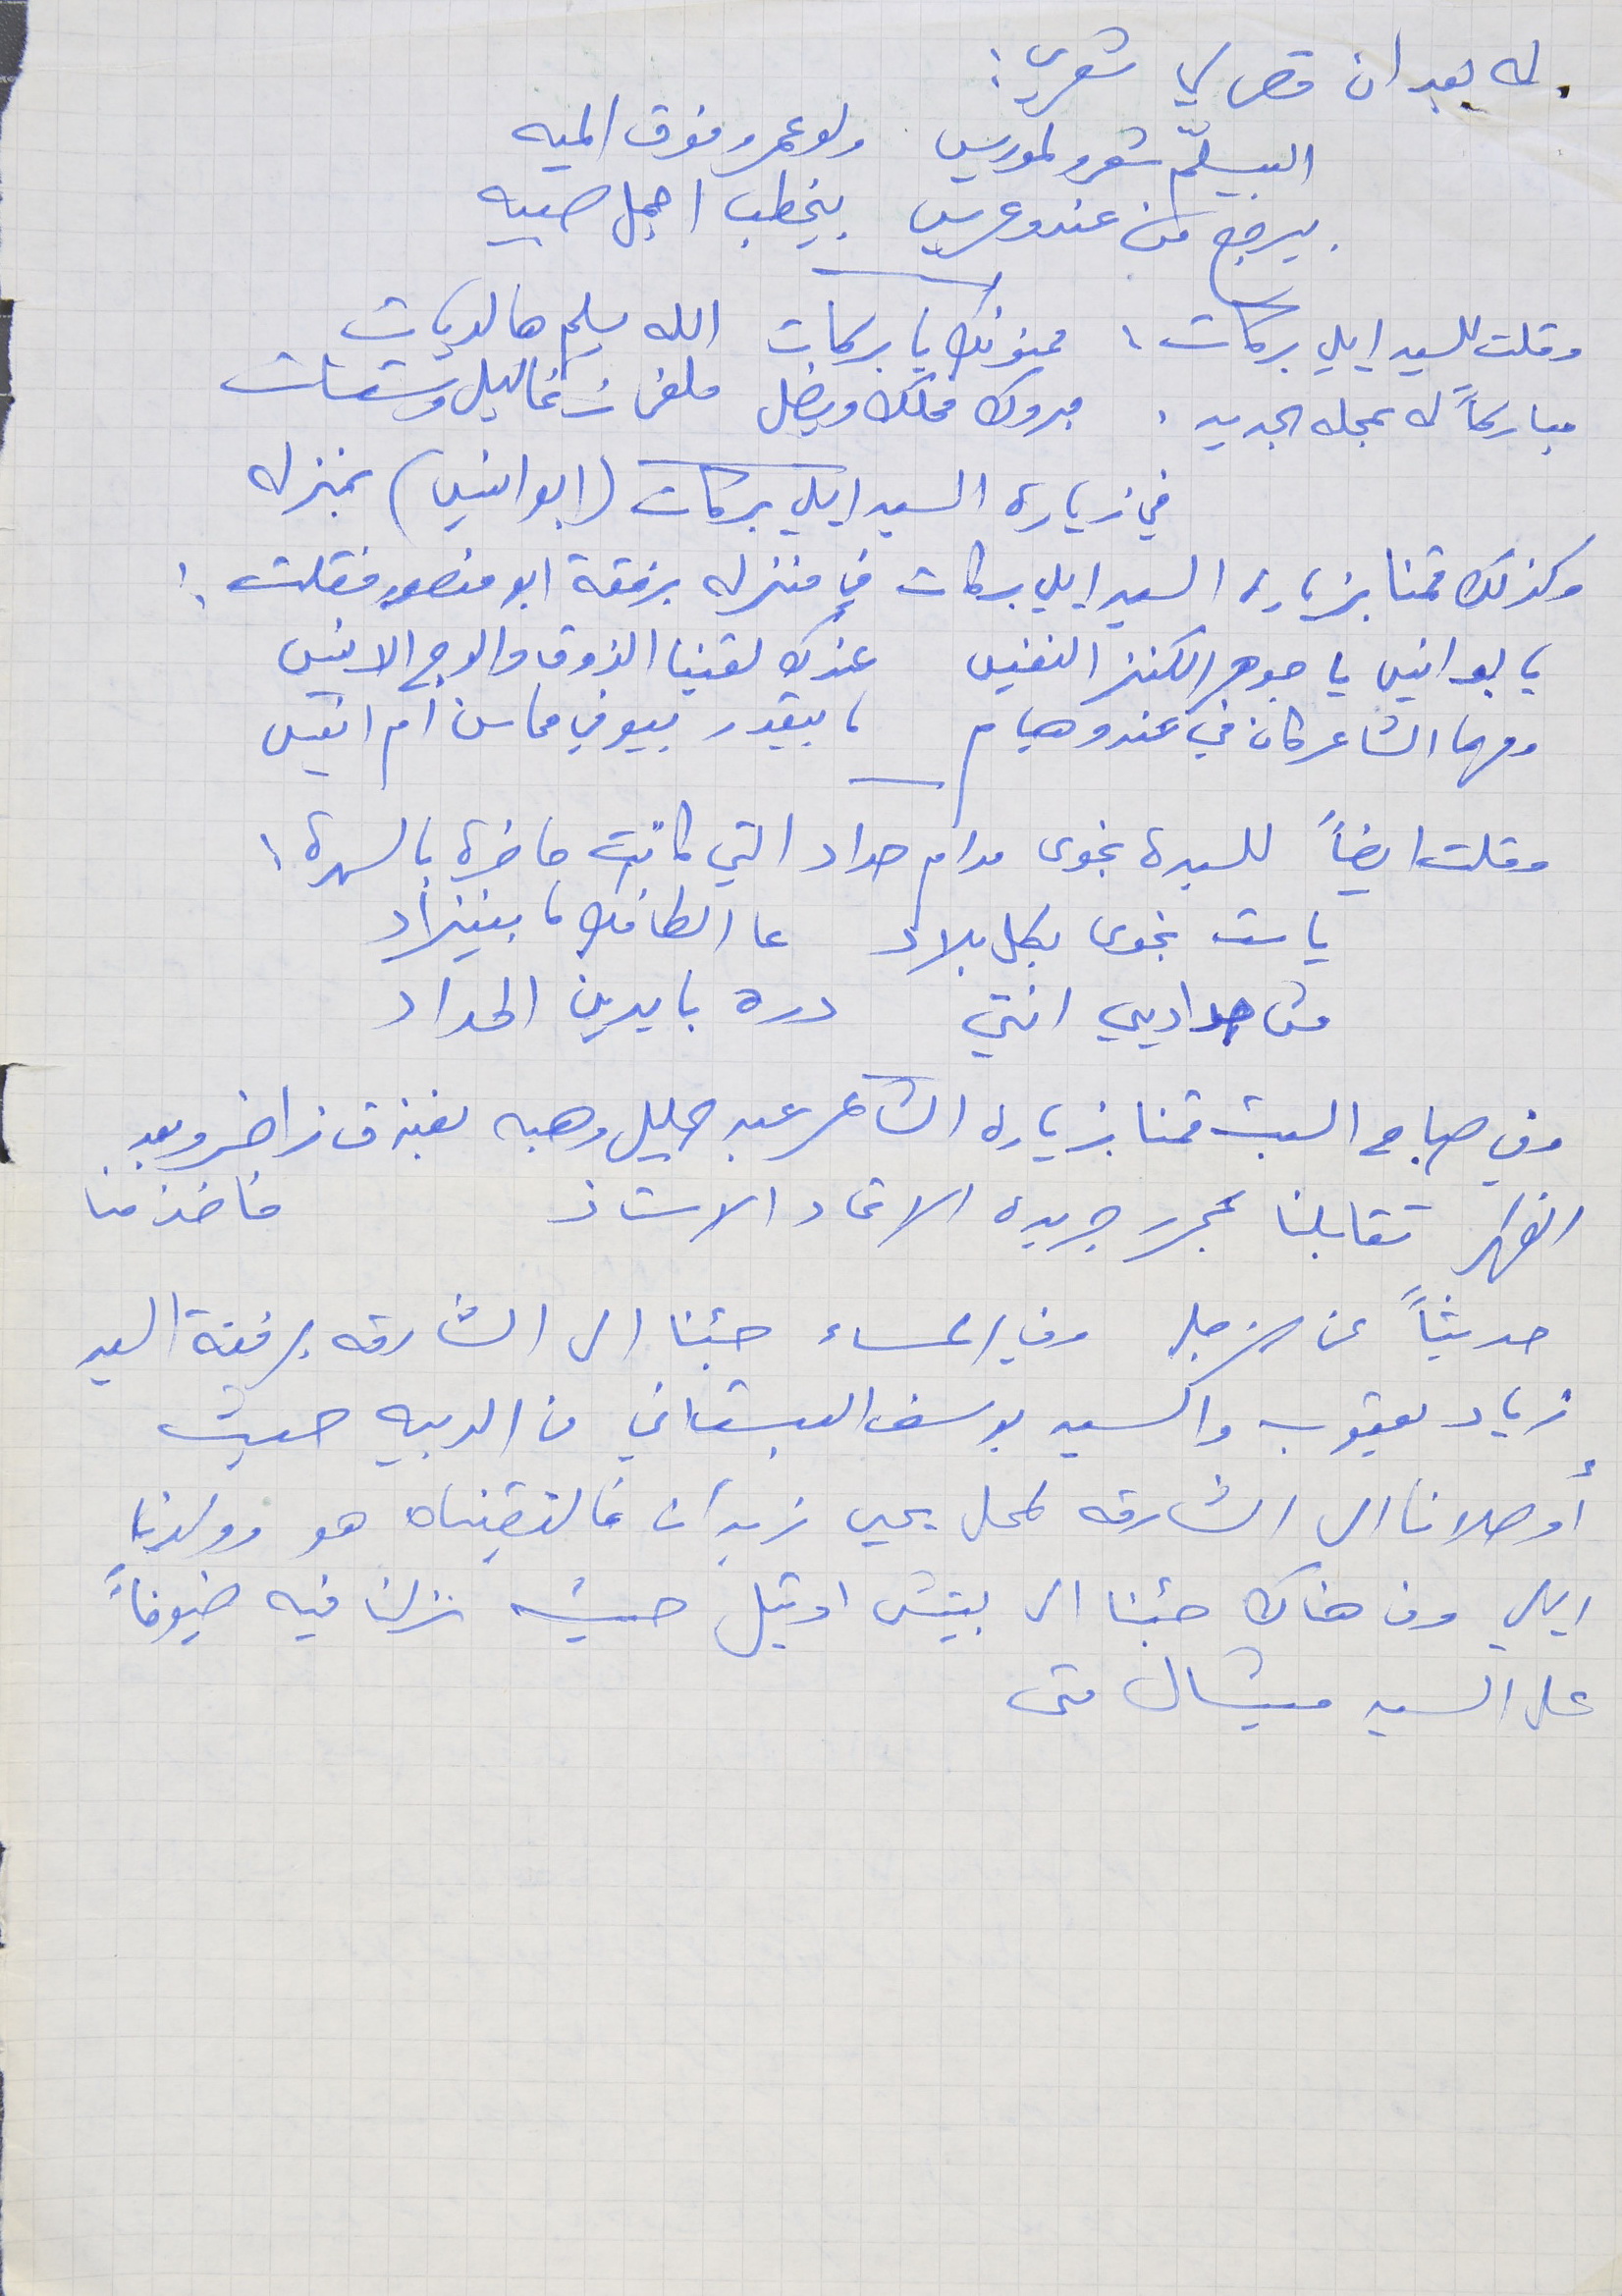
له بعد ان قص لي شعري :
البيسلّم شعرو لموريس      ولو عمرو فوق الميه
 بيرجع من عندو عريس     بيخطب اجمل صبيه
وقلت للسيد ايلي بركات : ممنونك يا بركات   الله يسلم هالديات
مباركاً له بمحله الجديد . مبروك محلك ويضل     ملفى زغاليل وستات
في زيارة السيد ايلي بركات (ابو انسي) بمنزله
وكذلك قمنا بزيارة السيد ايلي بركات في منزله برفقة ابو منصور فقلت :
يا بو انيس يا جوهر الكنز النفيس     عندك لقينا الذوق والوج الانيس
 ومهما الشاعر كان في عندو هيام     ما بيقدر بيوفي محاسن ام انيس
 وقلت ايضاً للسيدة نجوى مدام حداد التي كانت حاضرة بالسهرة :
يا ست نجوى بكل بلاد     عا الطافك ما بينزاد
 من حداديي انتي     دره بايدين الحداد
وفي صباح السبت قمنا بزيارة الشاعر عبد الجليل وهبه بفندق زاخر وبعد
الظهر تقابلنا بمحرر جريدة الاتحاد الاستاذ               فاخذ منا
حديثاً عن الزجل وفي المساء جئنا الى الشارقه برفقة السيد
زياد يعقوب واكسير يوسف البستاني من الدبيه حيث
أوصلانا الى الشارقة لمحل يحيى زيدان فالتقيناه هو وولدنا
ايلي ومن هناك جئنا الى بيتش اوتيل حيث نزلنا فيه ضيوفاً
على السيد ميشال متى